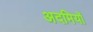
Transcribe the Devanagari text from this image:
अदमियों